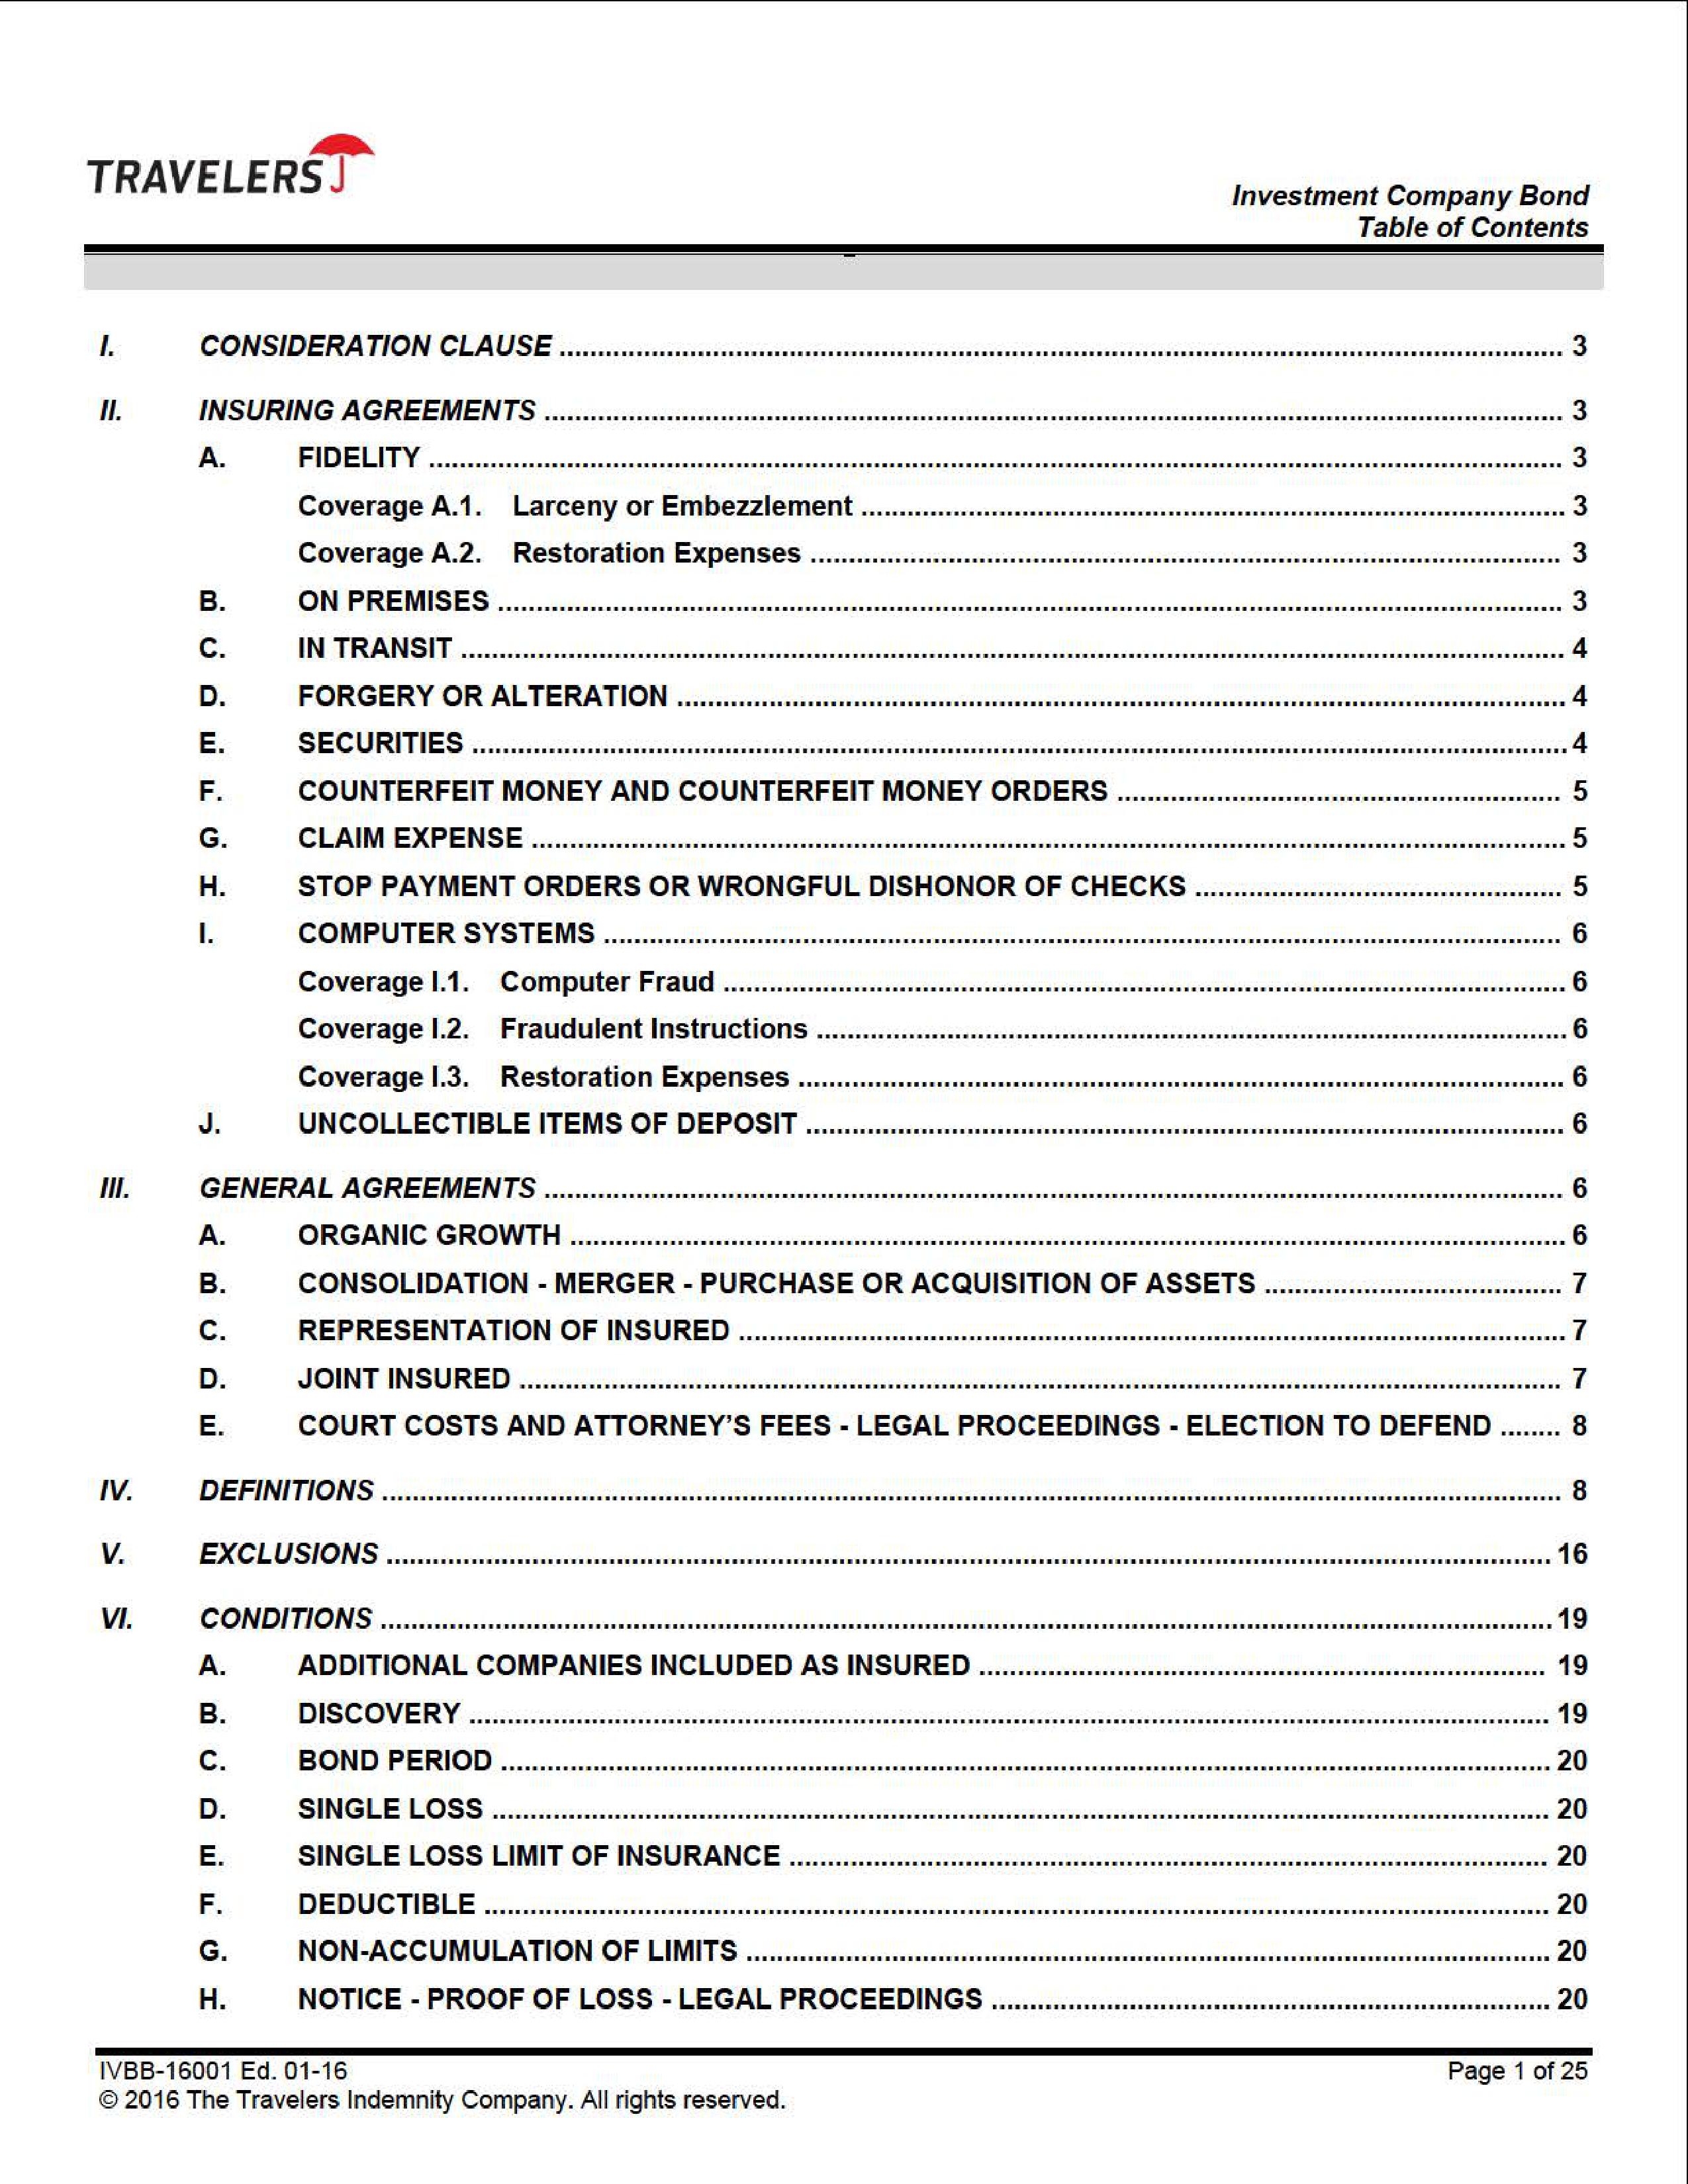
TRAVELERS®
                                                                                                                Investment Company Bond
                                                                                                                 Table of Contents

I.        CONSIDERATION CLAUSE .................................................................................................................................. 3

II.       INSURING AGREEMENTS ................................................................................................................................... 3
          A.      FIDELITY ...................................................................................................................................................... 3
                  Coverage A.1.     Larceny or Embezzlement .......................................................................................... 3
                  Coverage A.2.     Restoration Expenses .................................................................................................. 3
          B.      ON PREMISES .............................................................................................................................................. 3
          C.      IN TRANSIT ................................................................................................................................................... 4
          D.      FORGERY OR ALTERATION ......................................................................................................................... 4
          E.      SECURITIES ................................................................................................................................................... 4
          F.      COUNTERFEIT MONEY AND COUNTERFEIT MONEY ORDERS ................................................................ 5
          G.      CLAIM EXPENSE .......................................................................................................................................... 5
          H.      STOP PAYMENT ORDERS OR WRONGFUL DISHONOR OF CHECKS .................................................... 5
          I.      COMPUTER SYSTEMS .................................................................................................................................. 6
                  Coverage I.1.     Computer Fraud ............................................................................................................. 6
                  Coverage I.2.     Fraudulent Instructions ................................................................................................. 6
                  Coverage I.3.     Restoration Expenses .................................................................................................... 6
          J.      UNCOLLECTIBLE ITEMS OF DEPOSIT ..................................................................................................... 6

III.      GENERAL AGREEMENTS .................................................................................................................................... 6
          A.      ORGANIC GROWTH ...................................................................................................................................... 6
          B.      CONSOLIDATION - MERGER - PURCHASE OR ACQUISITION OF ASSETS ......................................... 7
          C.      REPRESENTATION OF INSURED ................................................................................................................ 7
          D.      JOINT INSURED ........................................................................................................................................... 7
          E.      COURT COSTS AND ATTORNEY'S FEES - LEGAL PROCEEDINGS - ELECTION TO DEFEND ........ 8

IV.       DEFINITIONS ......................................................................................................................................................... 8

V.        EXCLUSIONS ...................................................................................................................................................... 16

VI.       CONDITIONS ...................................................................................................................................................... 19
          A.      ADDITIONAL COMPANIES INCLUDED AS INSURED ............................................................................. 19
          B.      DISCOVERY ................................................................................................................................................. 19
          C.      BOND PERIOD ............................................................................................................................................. 20
          D.      SINGLE LOSS .............................................................................................................................................. 20
          E.      SINGLE LOSS LIMIT OF INSURANCE ....................................................................................................... 20
          F.      DEDUCTIBLE ............................................................................................................................................... 20
          G.      NON-ACCUMULATION OF LIMITS ............................................................................................................ 20
          H.      NOTICE - PROOF OF LOSS - LEGAL PROCEEDINGS ............................................................................. 20

IVBB-16001 Ed. 01-16                                                                                                   Page 1 of 25
© 2016 The Travelers Indemnity Company. All rights reserved.